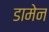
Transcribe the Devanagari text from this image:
डामेन